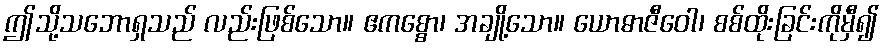
ဤသို့သဘောရှသည် လည်းဖြစ်သော။ ဧကစ္စော၊ အချို့သော။ ယောဓာဇီဝေါ၊ စစ်ထိုးခြင်းကိုမှီ၍